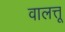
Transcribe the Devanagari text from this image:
वालत्तू